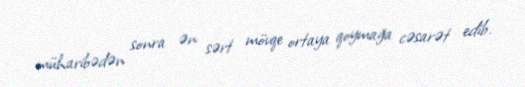
müharibədən sonra ən sərt mövqe ortaya qoymağa cəsarət edib.